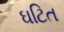
ઘટિત